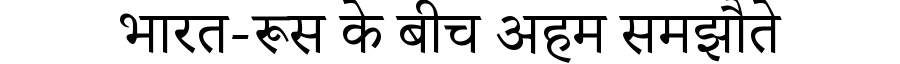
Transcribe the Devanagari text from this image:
भारत-रूस के बीच अहम समझौते